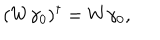
( W \gamma _ { 0 } ) ^ { \dagger } = W \gamma _ { 0 } ,